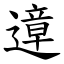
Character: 遧